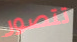
تتصور